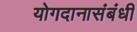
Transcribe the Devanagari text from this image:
योगदानासंबंधी